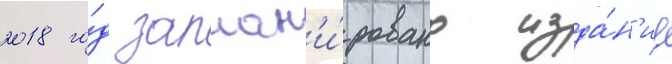
2018 го́д заплан'и́ровано изда́н'ие